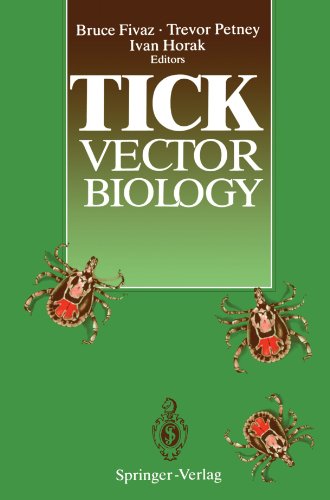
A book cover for Tick Vector Biology: Medical and Veterinary Aspects; Bruce Fivaz; Medical Books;